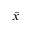
\Bar { x }